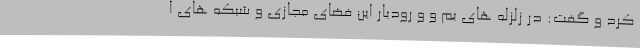
کرد و گفت: در زلزله های بم و و رودبار این فضای مجازی و شبکه های ا